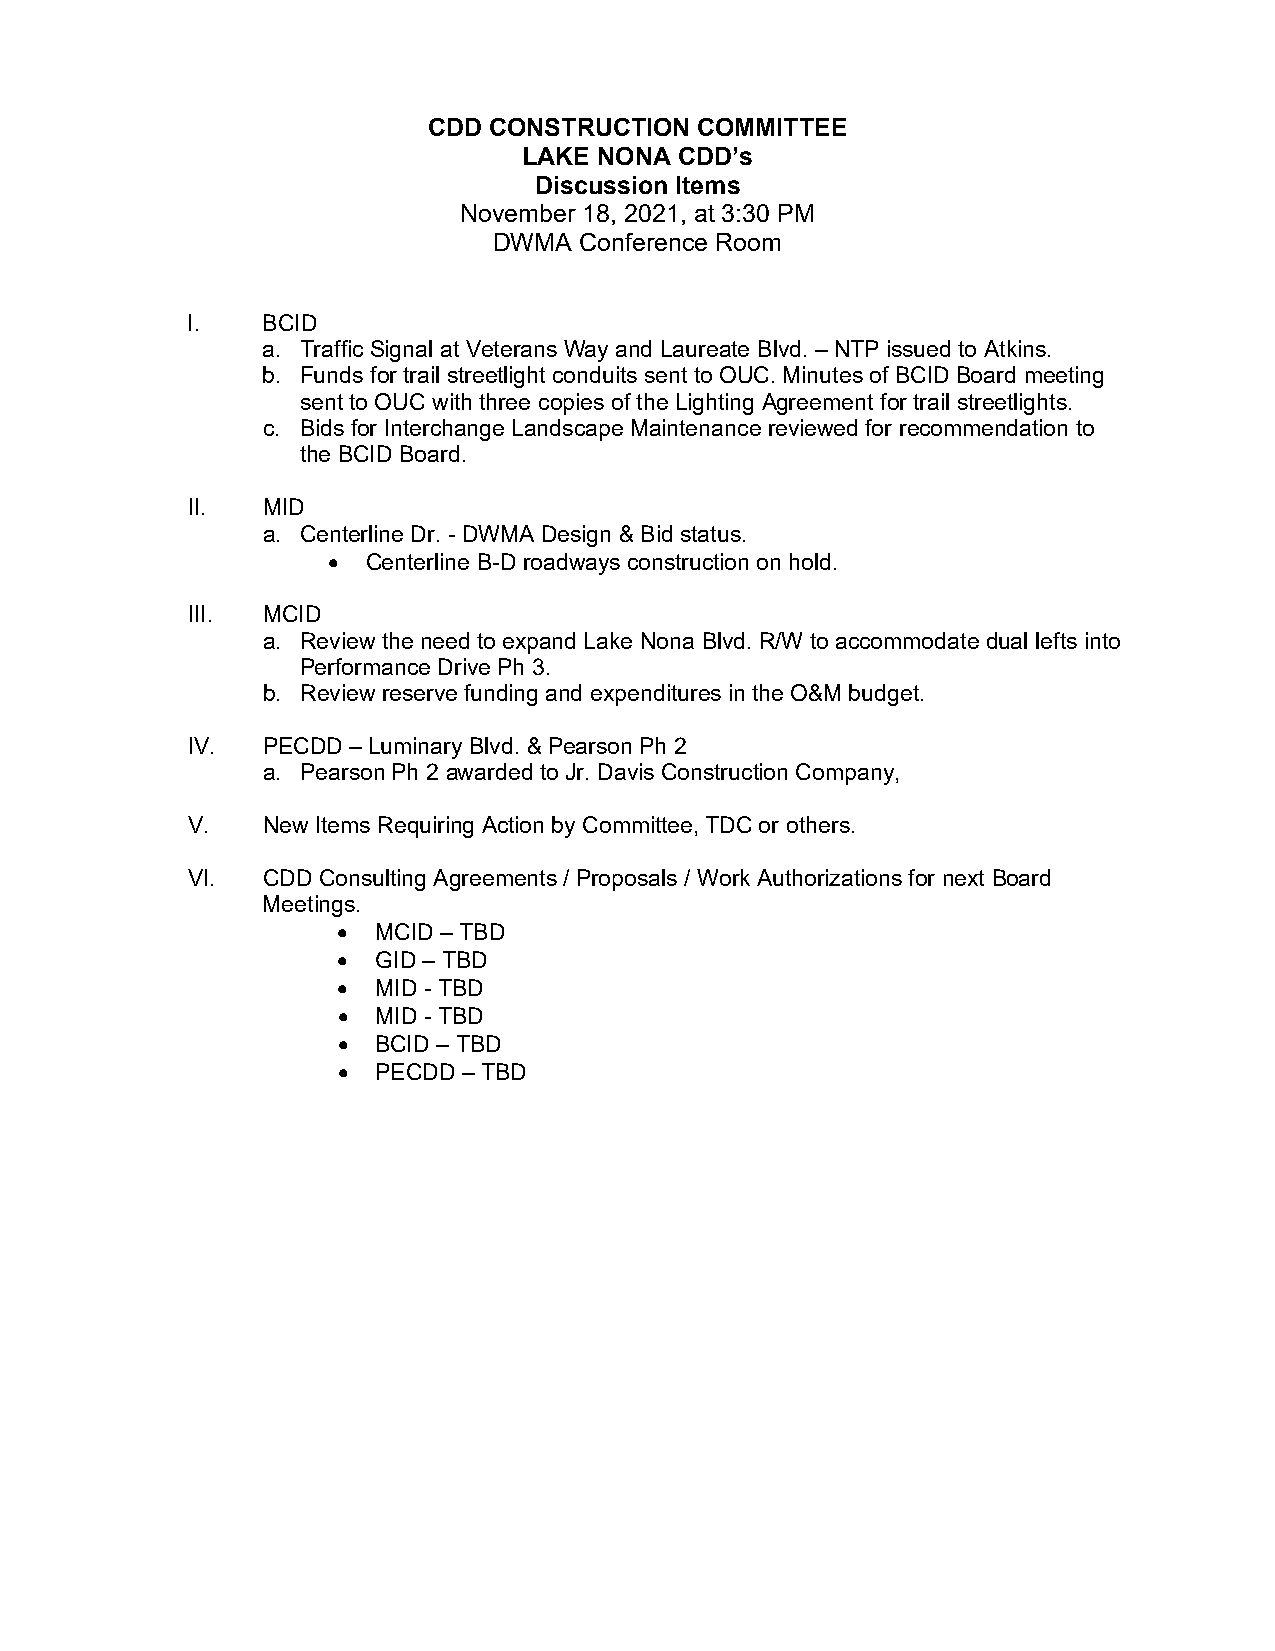
CDD CONSTRUCTION  COMMITTEE
 LAKE NONA CDD’s
 Discussion Items
 November 18, 2021, at 3:30 PM
 DWMA Conference Room
 I.   BCID
 a. Traffic Signal at Veterans Way and Laureate Blvd. – NTP issued to Atkins.
 b. Funds for trail streetlight conduits sent to OUC. Minutes of BCID Board meeting
 sent to OUC with three copies of the Lighting Agreement for trail streetlights.
 c. Bids for Interchange Landscape Maintenance reviewed for recommendation to
 the BCID Board.
 II.  MID
 a. Centerline Dr. - DWMA Design & Bid status.
 • Centerline B-D roadways construction on hold.
 III. MCID
 a. Review the need to expand Lake Nona Blvd. R/W to accommodate dual lefts into
 Performance Drive Ph 3.
 b. Review reserve funding and expenditures in the O&M budget.
 IV.  PECDD – Luminary Blvd. & Pearson Ph 2
 a. Pearson Ph 2 awarded to Jr. Davis Construction Company,
 V.   New Items Requiring Action by Committee, TDC or others.
 VI.  CDD Consulting Agreements / Proposals / Work Authorizations for next Board
 Meetings.
 •  MCID – TBD
 •  GID – TBD
 •  MID - TBD
 •  MID - TBD
 •  BCID – TBD
 •  PECDD – TBD